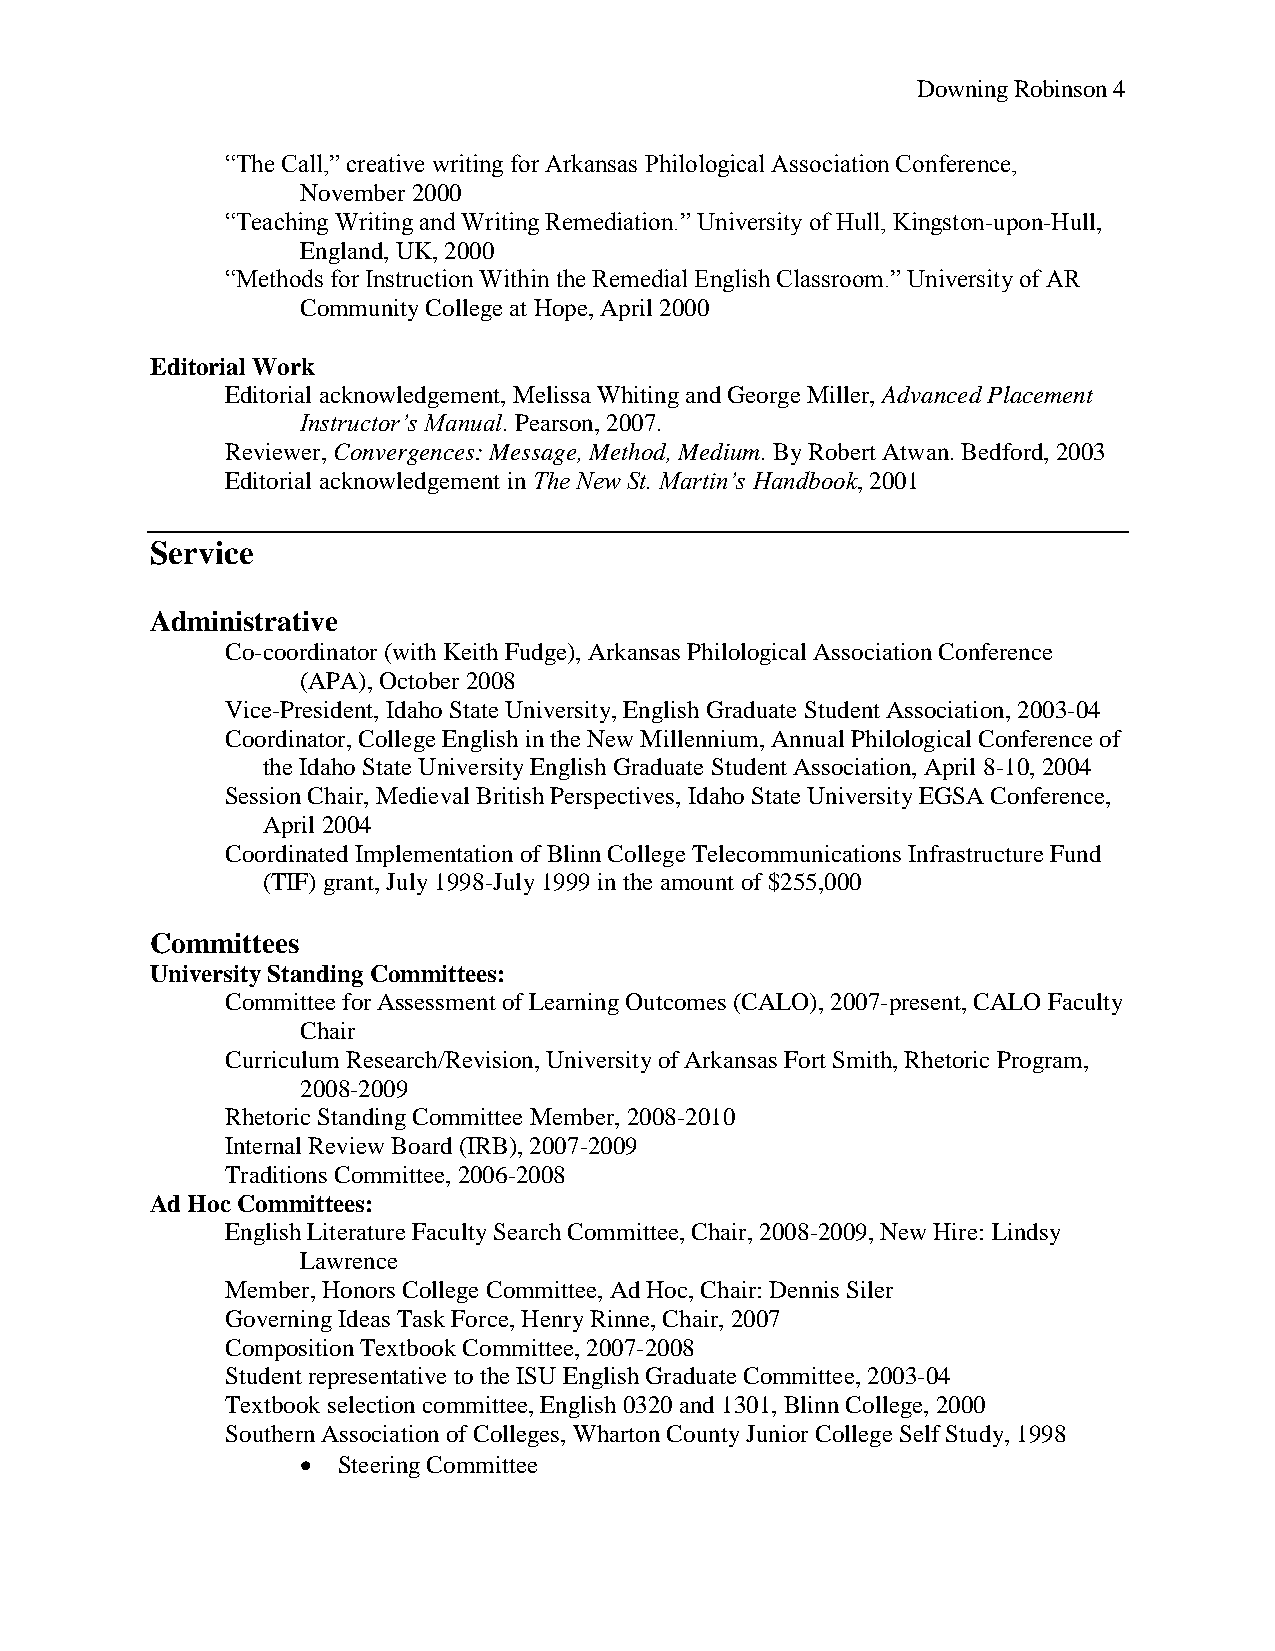
Downing Robinson 4
 ―The Call,‖ creative writing for Arkansas Philological Association Conference,
 November 2000
 ―Teaching Writing and Writing Remediation.‖ University of Hull, Kingston-upon-Hull,
 England, UK, 2000
 ―Methods for Instruction Within the Remedial English Classroom.‖ University of AR
 Community College at Hope, April 2000
 Editorial Work
 Editorial acknowledgement, Melissa Whiting and George Miller, Advanced Placement
 Instructor’s Manual. Pearson, 2007.
 Reviewer, Convergences: Message, Method, Medium. By Robert Atwan. Bedford, 2003
 Editorial acknowledgement in The New St. Martin’s Handbook, 2001
 Service
 Administrative
 Co-coordinator (with Keith Fudge), Arkansas Philological Association Conference
 (APA), October 2008
 Vice-President, Idaho State University, English Graduate Student Association, 2003-04
 Coordinator, College English in the New Millennium, Annual Philological Conference of
 the Idaho State University English Graduate Student Association, April 8-10, 2004
 Session Chair, Medieval British Perspectives, Idaho State University EGSA Conference,
 April 2004
 Coordinated Implementation of Blinn College Telecommunications Infrastructure Fund
 (TIF) grant, July 1998-July 1999 in the amount of $255,000
 Committees
 University Standing Committees:
 Committee for Assessment of Learning Outcomes (CALO), 2007-present, CALO Faculty
 Chair
 Curriculum Research/Revision, University of Arkansas Fort Smith, Rhetoric Program,
 2008-2009
 Rhetoric Standing Committee Member, 2008-2010
 Internal Review Board (IRB), 2007-2009
 Traditions Committee, 2006-2008
 Ad Hoc Committees:
 English Literature Faculty Search Committee, Chair, 2008-2009, New Hire: Lindsy
 Lawrence
 Member, Honors College Committee, Ad Hoc, Chair: Dennis Siler
 Governing Ideas Task Force, Henry Rinne, Chair, 2007
 Composition Textbook Committee, 2007-2008
 Student representative to the ISU English Graduate Committee, 2003-04
 Textbook selection committee, English 0320 and 1301, Blinn College, 2000
 Southern Association of Colleges, Wharton County Junior College Self Study, 1998
  Steering Committee